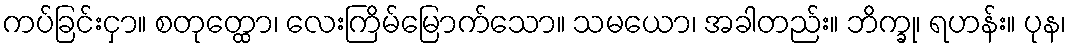
ကပ်ခြင်းငှာ။ စတုတ္ထော၊ လေးကြိမ်မြောက်သော။ သမယော၊ အခါတည်း။ ဘိက္ခု၊ ရဟန်း။ ပုန၊